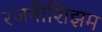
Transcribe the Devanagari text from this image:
रजनीशिझम